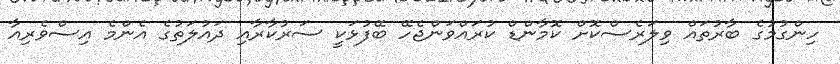
ހިންގުމުގެ ބާރުތައް ވިލަރެސްކޮށް ކޮމާންޑް ކުރައްވަންޖެހޭ ބޭފުޅަކީ ސަރުކާރާއި ދައުލަތުގެ އެންމެ އިސްވެރިއާ